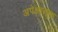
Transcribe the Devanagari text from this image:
अपेक्षात्मक